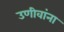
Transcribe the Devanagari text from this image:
उणीवांना